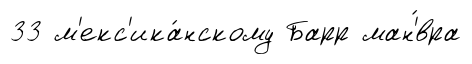
33 м'екс'ика́нскому Барр ман'́вра